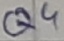
Text: Q4